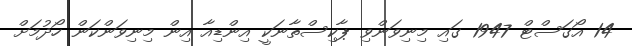
14 އޯގަސްޓް 1947 ގައި މިނިވަންވި ޕާކިސްތާނަކީ އިންޑިއާ އިން މިނިވަންކަން ހޯދުމަށް